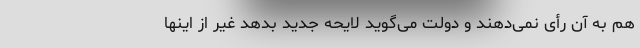
هم به آن رأی نمی‌دهند و دولت می‌گوید لایحه جدید بدهد غیر از اینها